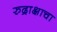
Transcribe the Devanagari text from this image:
रुद्राक्षाचा